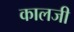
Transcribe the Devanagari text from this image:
कालजी